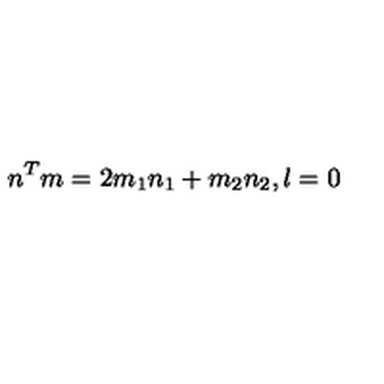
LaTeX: n ^ { T } m = 2 m _ { 1 } n _ { 1 } + m _ { 2 } n _ { 2 } , l = 0